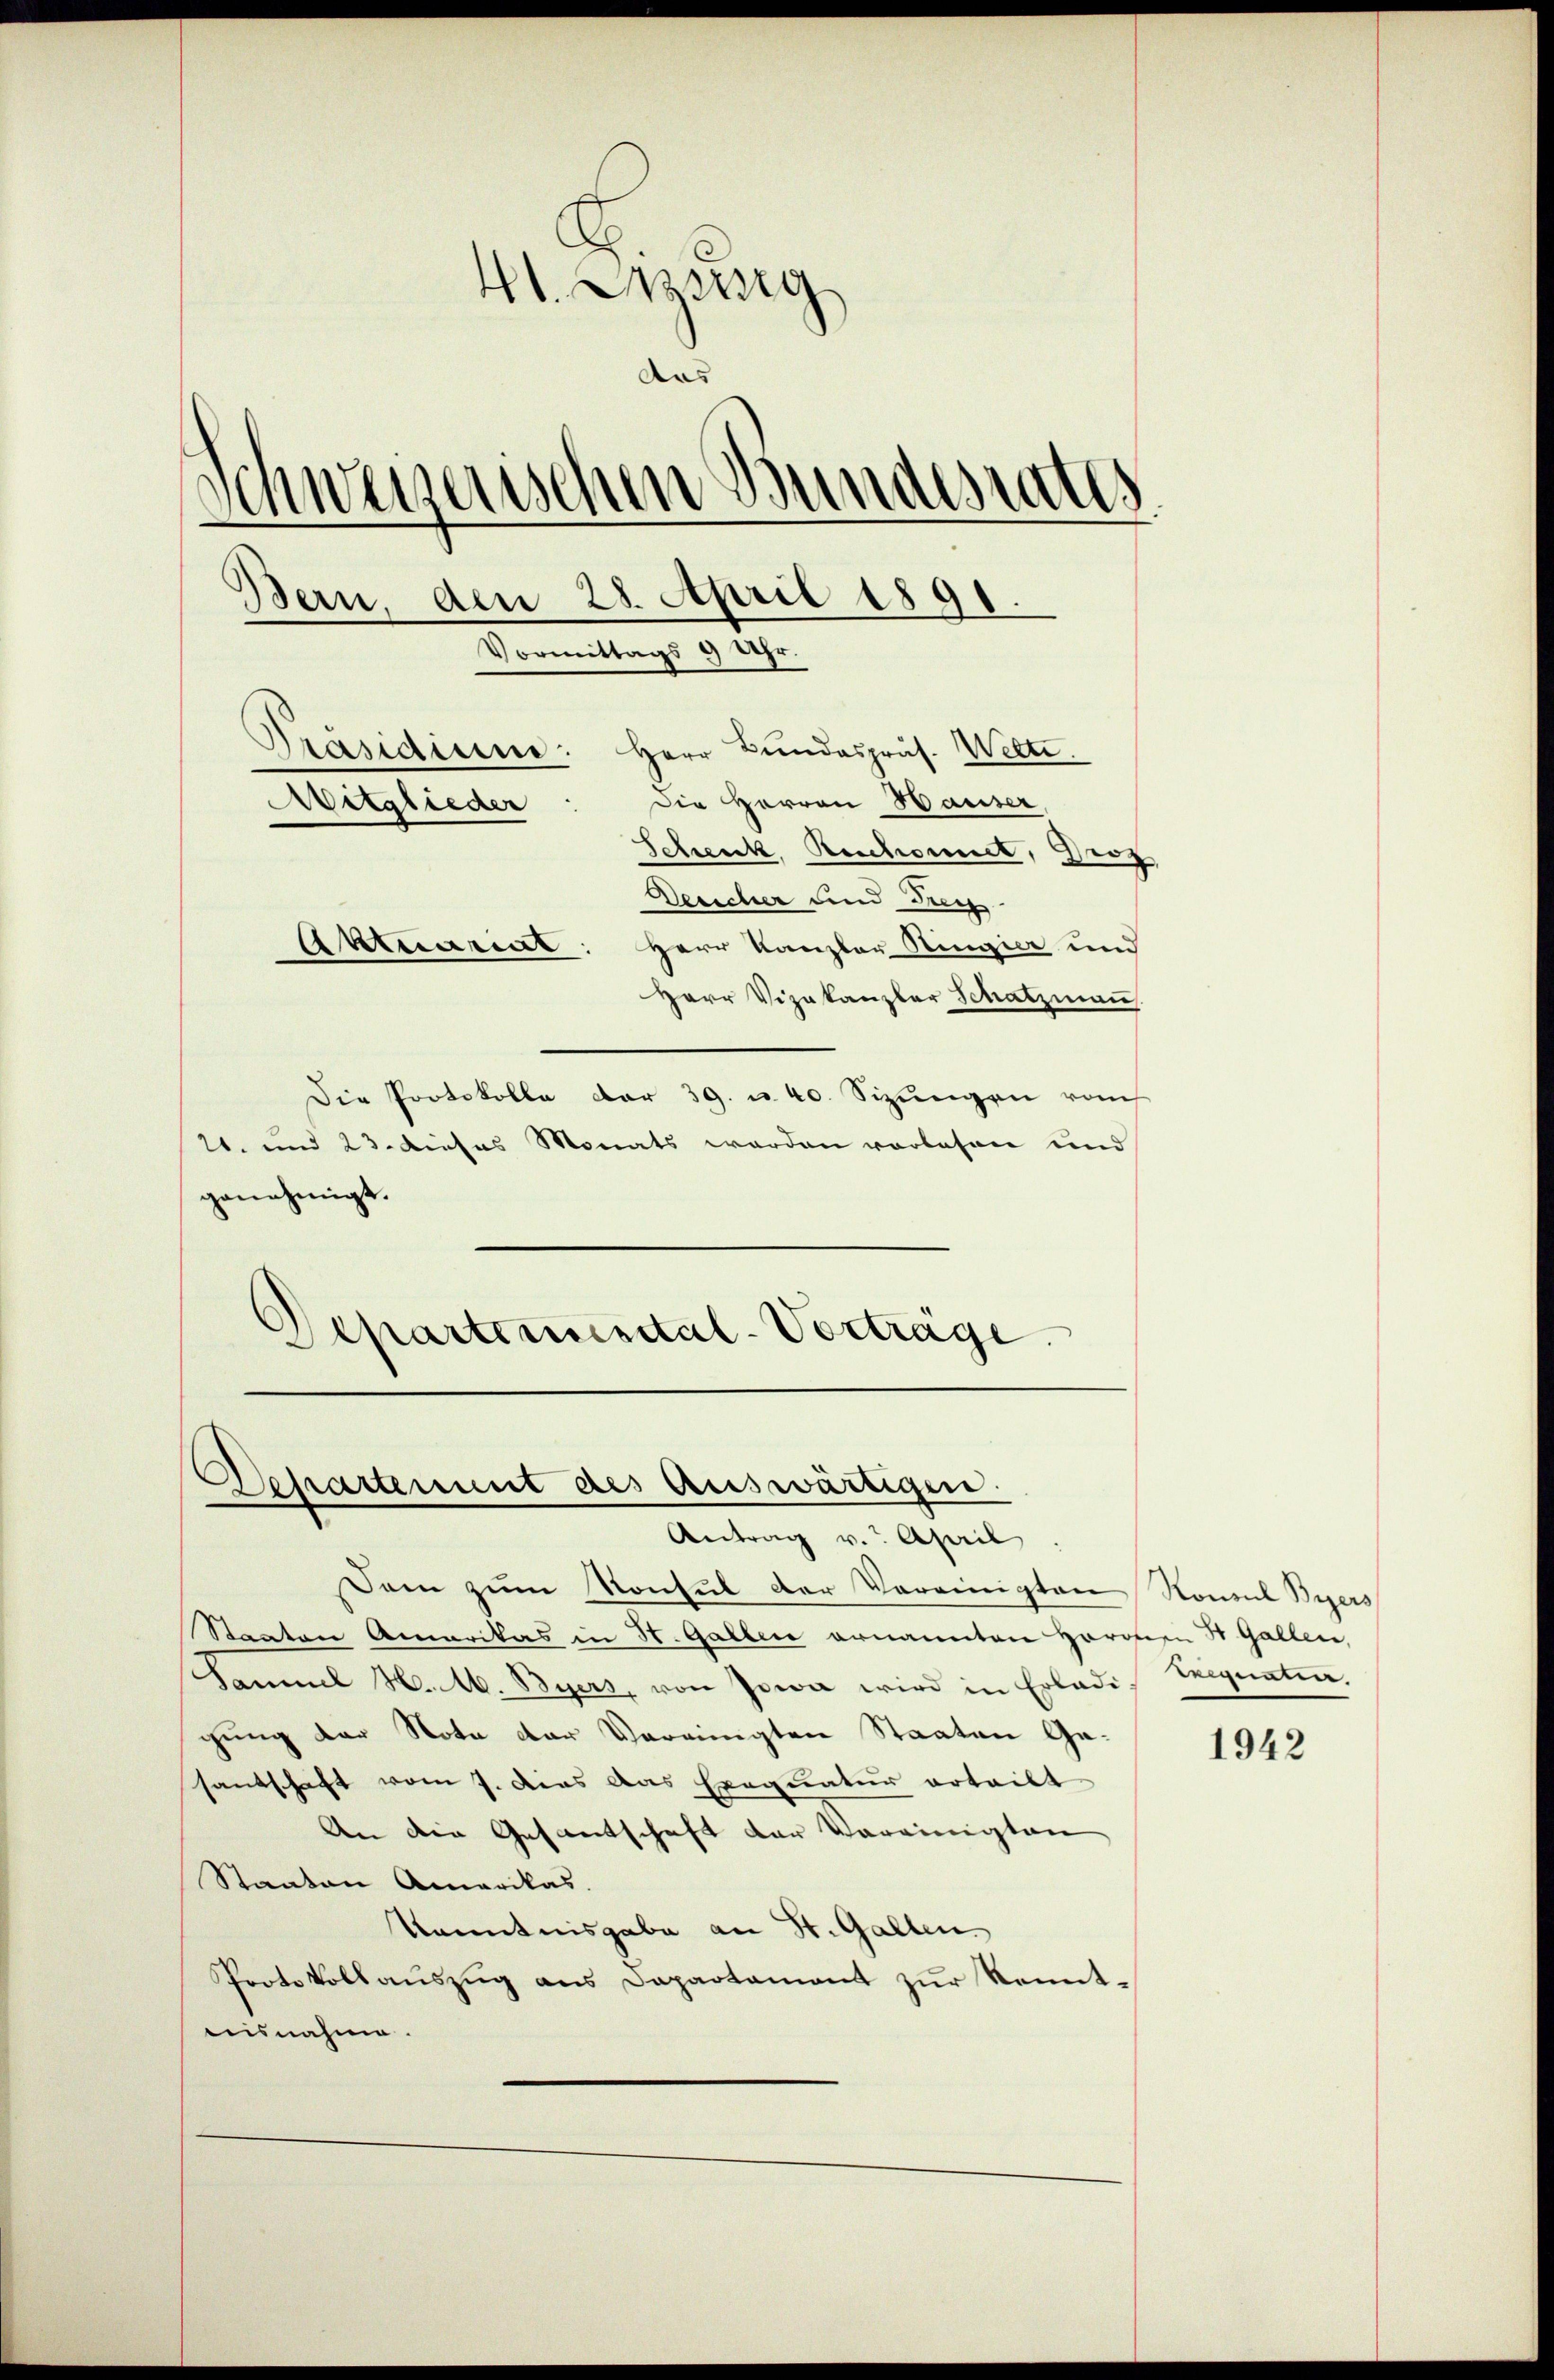
41. Aug
das
d
degenschen Bundesrates
Bern, den 28. April 1891.
Vormittags 9 Uhr.
Präsidium. Herr Bundespräs. Welte.
Die Herren Hauser,
Aitglieder
Schenk, Reichmuck, Droz
Deucher und Frey
Aktuariit: Herr Kanzler Ringier und
Herr Vizekanzler Schatzmann

Die Protokolle der 39. u. 40. Sizungen vom
21. und 23. Dieses Monats werden vorlesen und
genehmigt.
Departinuerital-Vorträge.

Dam zum Konsul der Vereinigten Konsul Byers
Staaten Amerikas in H. Gallen ernannten Horonen St. Gallen,
Samuel H. M. Byers, von Jowa wird in Erlade Seequaten.
gung der Nota der Vereinigten Staaten Gasantschaft vom 7. dies das Exequatur erteilt
An die Gesamtschaft der Vereinigten,
Staaten Amerikas
Kenntnisgabe an St. Gallen.
Protokollauszug aus Departament zur Kenntaeisnahme.

Desartement des Auswärtigen.
Antrag v. April

1942